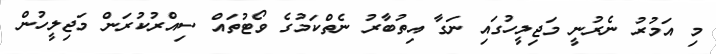
މި އަމުރު ނެރުނީ މަޖިލީހުގައި ނަގާ އިތުބާރު ނެތްކަމުގެ ވޯޓުތައް ސިއްރުކުރަން މަޖިލީހުން